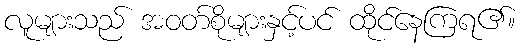
လူများသည် အဝတ်စိုများနှင့်ပင် ထိုင်နေကြရ၏။